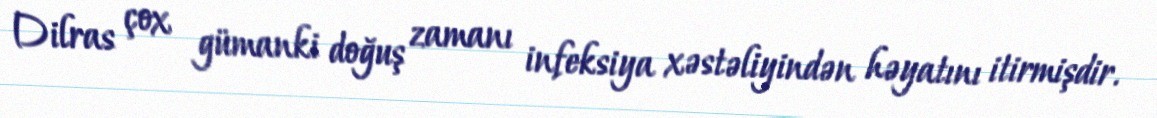
Dilras çox gümanki doğuş zamanı infeksiya xəstəliyindən həyatını itirmişdir.